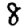
Digit: 8